Statistical return of the lunatic asylum in Assam - 1912-1932
Year: 1912
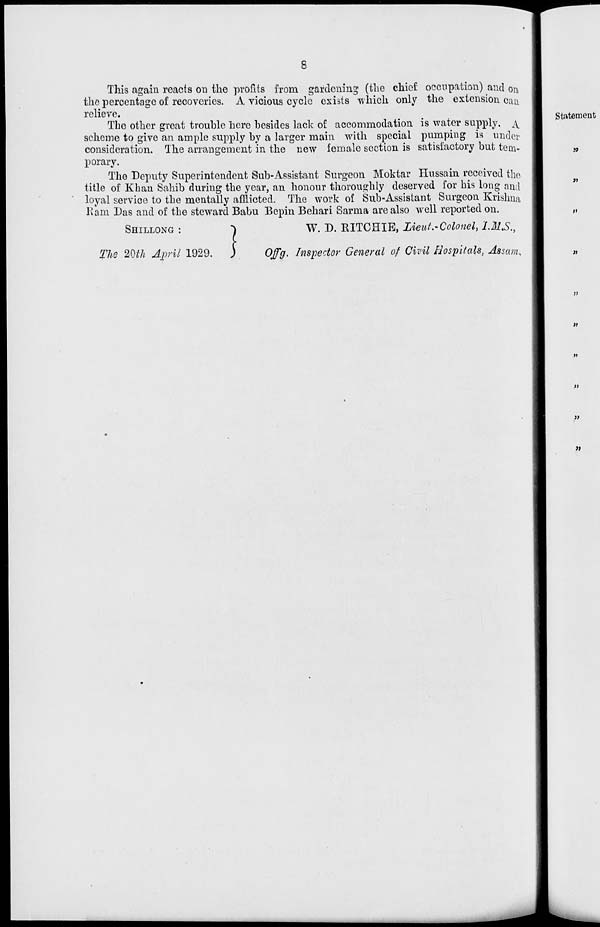
s
This again reacts on the profits from gardening (the chief occupation) and on.
the percentage of recoveries. A vicious cycle exists which, only the extension can
relieve.
The other great trouble here besides lack of accommodation is water supply, A.
scheine to give an ample supply by a larger main with special pumping is under
consideration. The arrangement in the new female section is satisfactory but tem-
porary.
The Deputy Superintendent Sub-Assistant Surgeon Moktar Hussain received the
title of Khan Sahib during the year, an honour thoroughly deserved for his long and
loyal service to the mentally afflicted. The work of Sub-Assistant Surgeon Krishna
Ram Das and of the steward Babu Bepin Behari Sarma are also well reported on.
SHILLONG :
■>
W. D. RITCHIE, Lieut.-Colonel^ IMS.,
The 20th April 1929 29,
)
Offg. Inspector General of Civil Hospitals, Assam.